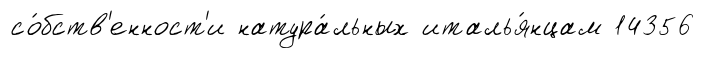
со́бств'енност'и натура́льных италья́нцам 14356